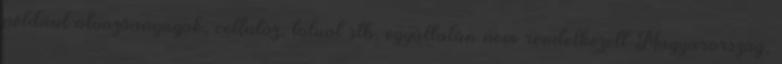
például ötvözőanyagok, cellulóz, toluol stb. egyáltalán nem rendelkezett Magyarország,